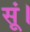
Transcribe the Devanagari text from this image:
सूं।